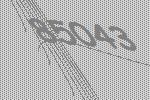
85043